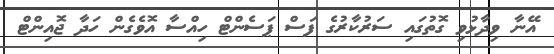
އޭނާ ވިދާޅުވި ގޮތުގައި ސަރުކާރުގެ ފަސް ޕަސެންޓް ހިއްސާ އޮވެގެން ހަދާ ޖޮއިންޓް